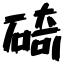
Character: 碕